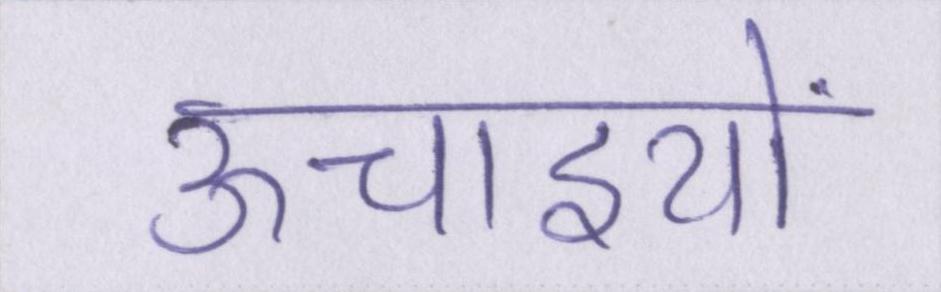
ऊचाइयों